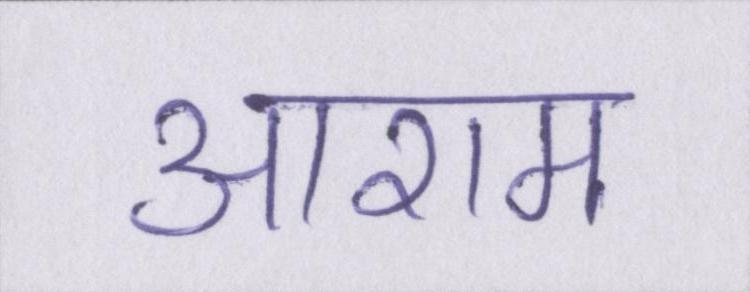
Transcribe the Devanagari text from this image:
आराम